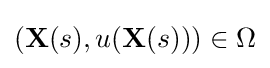
(\mathbf {X} (s),u(\mathbf {X} (s)))\in \Omega